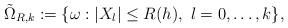
LaTeX: \begin{align*}\tilde{\Omega}_{R,k}:=\{\omega:|X_{l}|\leq R(h),\ l=0,\ldots,k\},\ \end{align*}